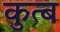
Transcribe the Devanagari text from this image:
कुत्ब